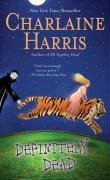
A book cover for Definitely Dead (Sookie Stackhouse/True Blood, Book 6); Charlaine Harris; Romance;